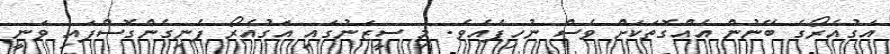
އަގުއެރޯގެ ބޭނުން އެއްގޮތަކަށް ވެސް ނުހިފެއެވެ. މި ސީޒަނުގައި އަގުއެރޯ ފެނިގެންގޮސްފައި ވަނީ